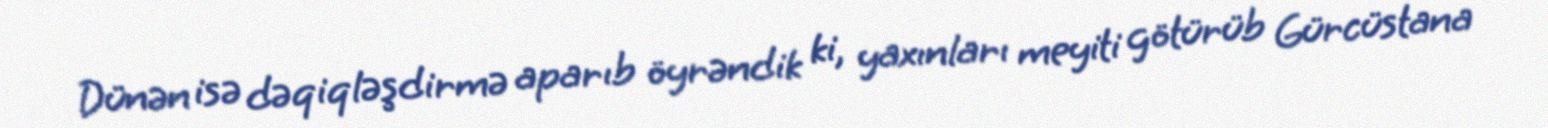
Dünən isə dəqiqləşdirmə aparıb öyrəndik ki, yaxınları meyiti götürüb Gürcüstana